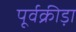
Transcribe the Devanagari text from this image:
पूर्वक्रीड़ा